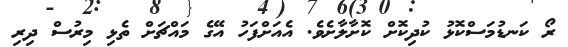
ރޯ ކަނޑުމަސްކޮޅު ކުދިކޮށް ކޮށާލާށެވެ. އެއަށްފަހު އޭގެ މައްޗަށް ތެޅި މިރުސް ދިރި